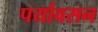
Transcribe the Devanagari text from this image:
पर्यावसन